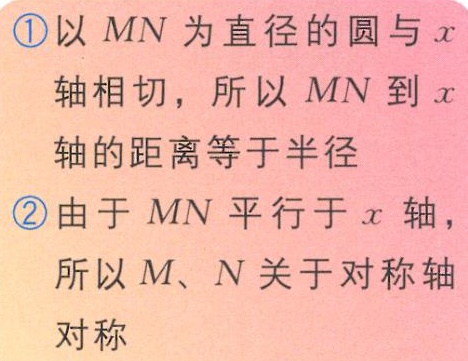
\textcircled{1}以 \(MN\) 为直径的圆与 \(x\) 轴相切，所以 \(MN\) 到 \(x\) 轴的距离等于半径

\textcircled{2}由于 \(MN\) 平行于 \(x\) 轴，所以 \(M\)、\(N\) 关于对称轴对称